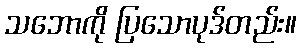
သဘောကို ပြသောပုဒ်တည်း။